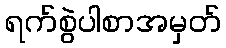
ရက်စွဲပါစာအမှတ်